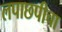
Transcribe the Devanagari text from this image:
लपाछपीचा